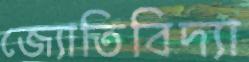
জ্যোতিবিদ্যা